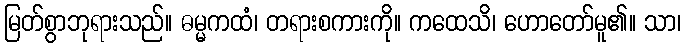
မြတ်စွာဘုရားသည်။ ဓမ္မကထံ၊ တရားစကားကို။ ကထေသိ၊ ဟောတော်မူ၏။ သာ၊